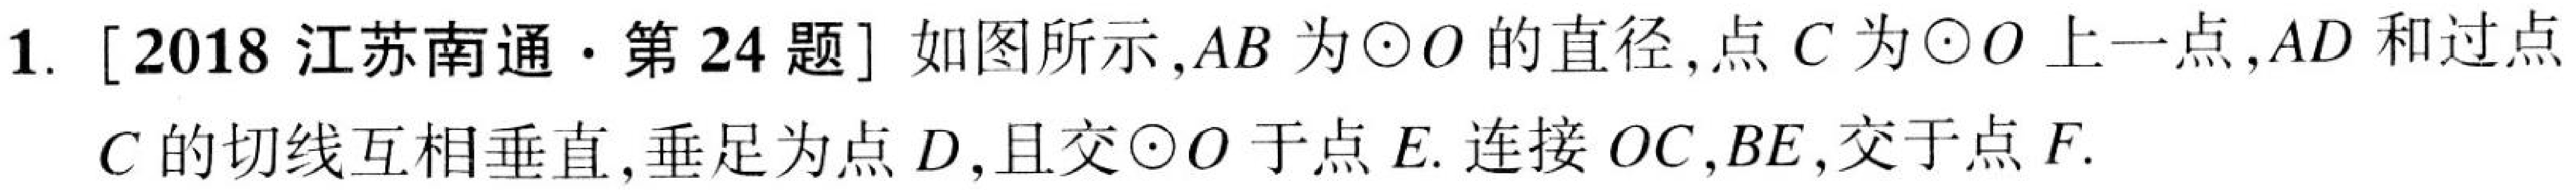
1. [2018 江苏南通·第 24 题] 如图所示，\(AB\)为\(\odot O\)的直径，点\(C\)为\(\odot O\)上一点，\(AD\)和过点
\(C\)的切线互相垂直，垂足为点\(D\)，且交\(\odot O\)于点\(E\). 连接 \(OC,BE\)，交于点\(F\).